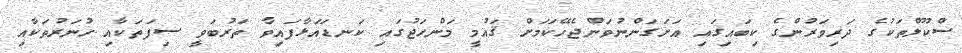
ސްކޫލްތަކުގެ ދަރިވަރުންގެ ކިބައިގައި އަށަގަންނުވަންޖެހޭކަމަށް ޤައުމީ މަންހަޖުގައި ކަނޑައަޅާފައިވާ ތަރުބަވީ ސިފަތަކާއި ހުނަރުތަކާއި